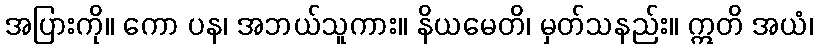
အပြားကို။ ကော ပန၊ အဘယ်သူကား။ နိယမေတိ၊ မှတ်သနည်း။ ဣတိ အယံ၊